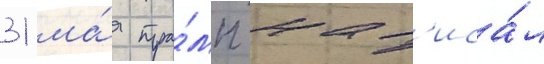
31 ма́я тра́мп нап'иса́л